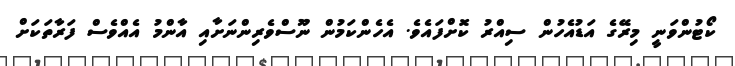
ކޯޓުންވަނީ މިރޭގެ އަޑުއެހުން ސިއްރު ކޮށްފައެވެ. އެހެންކަމުން ނޫސްވެރިންނަށާއި އާންމު އެއްވެސް ފަރާތަކަށް